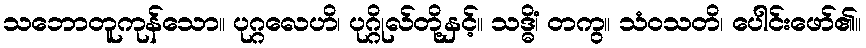
သဘောတူကုန်သော။ ပုဂ္ဂလေဟိ၊ ပုဂ္ဂိုလ်တို့နှင့်။ သဒ္ဓိံ၊ တကွ။ သံဝသတိ၊ ပေါင်းဖော်၏။